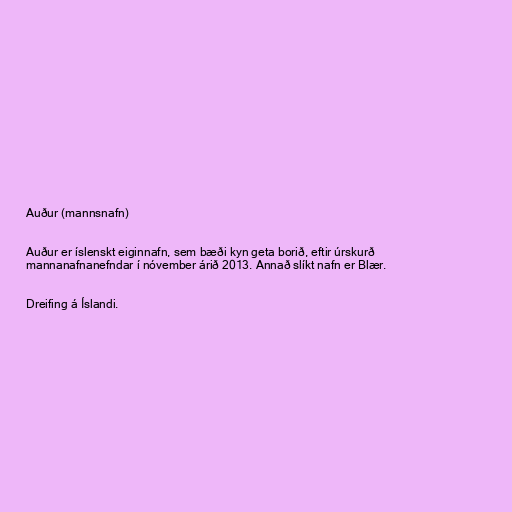
Auður (mannsnafn)

Auður er íslenskt eiginnafn, sem bæði kyn geta borið, eftir úrskurð
mannanafnanefndar í nóvember árið 2013. Annað slíkt nafn er Blær.

Dreifing á Íslandi.